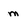
Character: m